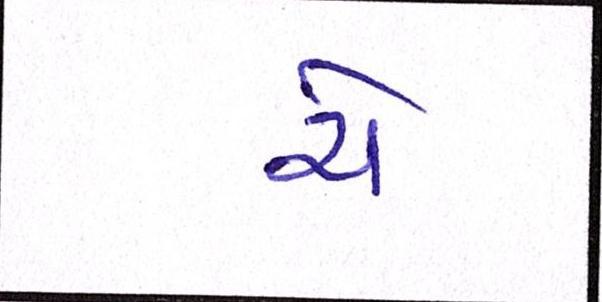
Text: ચે